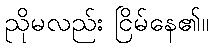
ညိုမလည်း ငြိမ်နေ၏။